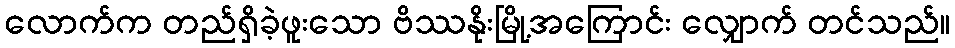
လောက်က တည်ရှိခဲ့ဖူးသော ဗိဿနိုးမြို့အကြောင်း လျှောက် တင်သည်။